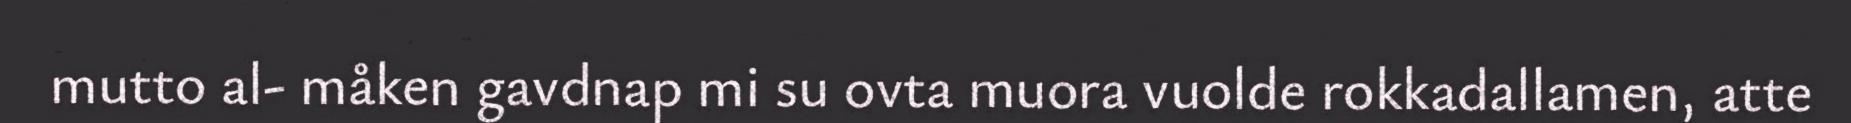
mutto al- måken gavdnap mi su ovta muora vuolde rokkadallamen, atte